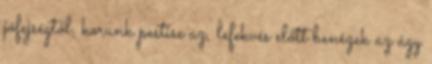
jófejségtől, korunk pestise az, lefekvés előtt benézek az ágy